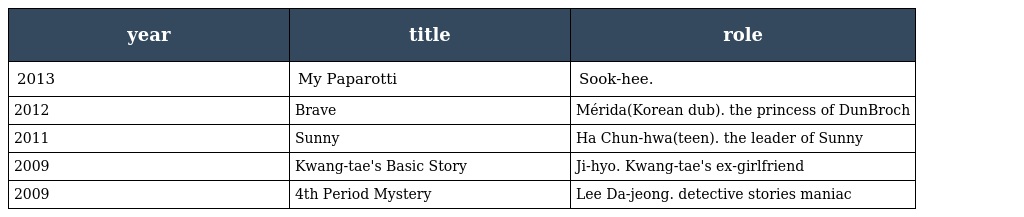
| year | title | role |
 | --- | --- | --- |
 | 2013 | My Paparotti | Sook-hee. |
 | 2012 | Brave | Mérida(Korean dub). the princess of DunBroch |
 | 2011 | Sunny | Ha Chun-hwa(teen). the leader of Sunny |
 | 2009 | Kwang-tae's Basic Story | Ji-hyo. Kwang-tae's ex-girlfriend |
 | 2009 | 4th Period Mystery | Lee Da-jeong. detective stories maniac |